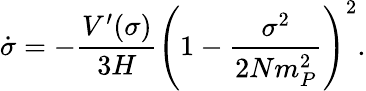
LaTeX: \dot{\sigma}=-\frac{V^{\prime}(\sigma)}{3H}\left(1-\frac{\sigma^{2}}{2Nm_{P}^{2}}\right)^{2}.